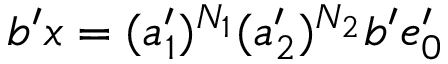
b ^ { \prime } x = ( a _ { 1 } ^ { \prime } ) ^ { N _ { 1 } } ( a _ { 2 } ^ { \prime } ) ^ { N _ { 2 } } b ^ { \prime } e _ { 0 } ^ { \prime }